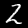
Label: 2